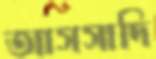
আসসাদি